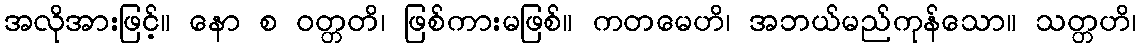
အလိုအားဖြင့်။ နော စ ဝတ္တတိ၊ ဖြစ်ကားမဖြစ်။ ကတမေဟိ၊ အဘယ်မည်ကုန်သော။ သတ္တဟိ၊